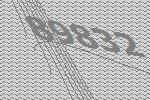
89832